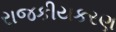
રાજકીયકરણ